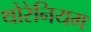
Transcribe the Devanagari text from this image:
थोरेनियम